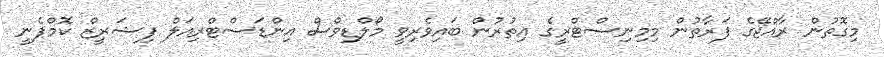
މިގޮތުން ރާއްޖޭގެ ފަރާތުން މިމިނިސްޓްރީގެ އިތުރުން ބައިވެރިވީ މޯލްޑިވްސް އިންޑަސްޓްރިއަލް ފިޝަރީޒް ކޮމްޕެނީ